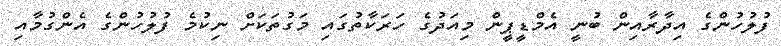
ފުލުހުންގެ އިދާރާއިން ބުނީ އެމްޑީޕީން މިއަދުގެ ހަރަކާތުގައި މަގުތަކަށް ނިކުމެ ފުލުހުންގެ އެންގުމާއި